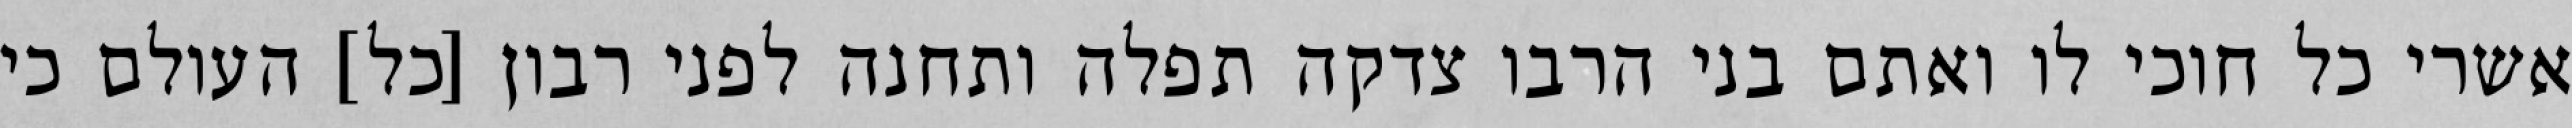
אשרי כל חוכי לו ואתם בני הרבו צדקה תפלה ותחנה לפני רבון [כל] העולם כי